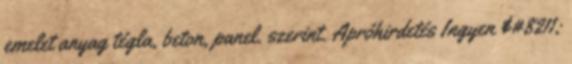
emelet anyag tégla, beton, panel. szerint. Apróhirdetés Ingyen &#8211;